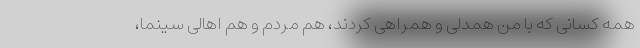
همه کسانی که با من همدلی و همراهی کردند، هم مردم و هم اهالی سینما،